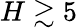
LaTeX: H\gtrsim 5